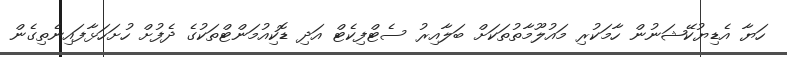
ހަޔާ އެޑިޔުކޭޝަނުން ހާމަކުރި މައުލޫމާތުތަކަށް ބަލާއިރު ސެޓްފިކެޓް އަދި ޑޮކިއުމަންޓްތަކުގެ ދެފުށް ހުށަހަޅާފައިނެތިގެން